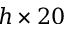
h \times 2 0